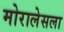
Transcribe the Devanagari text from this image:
मोरालेसला